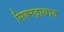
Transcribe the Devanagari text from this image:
सिक्नद्राबाद